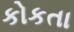
કોકતા